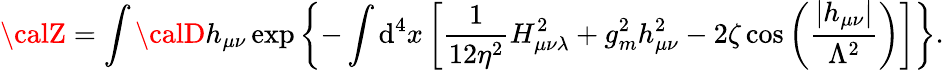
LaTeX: {\calZ}=\int{\calD}h_{\mu\nu}\exp\left\{ -\int\mathrm{d}^{4}x\left[\frac{{1}}{{12\eta^{2}}}H_{\mu\nu\lambda}^{2}+g_{m}^{2}h_{\mu\nu}^{2}-2\zeta\cos\left(\frac{{\left|h_{\mu\nu}\right|}}{{\Lambda^{2}}}\right)\right]\right\} .